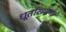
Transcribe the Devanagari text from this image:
धूर्ताख्यान।